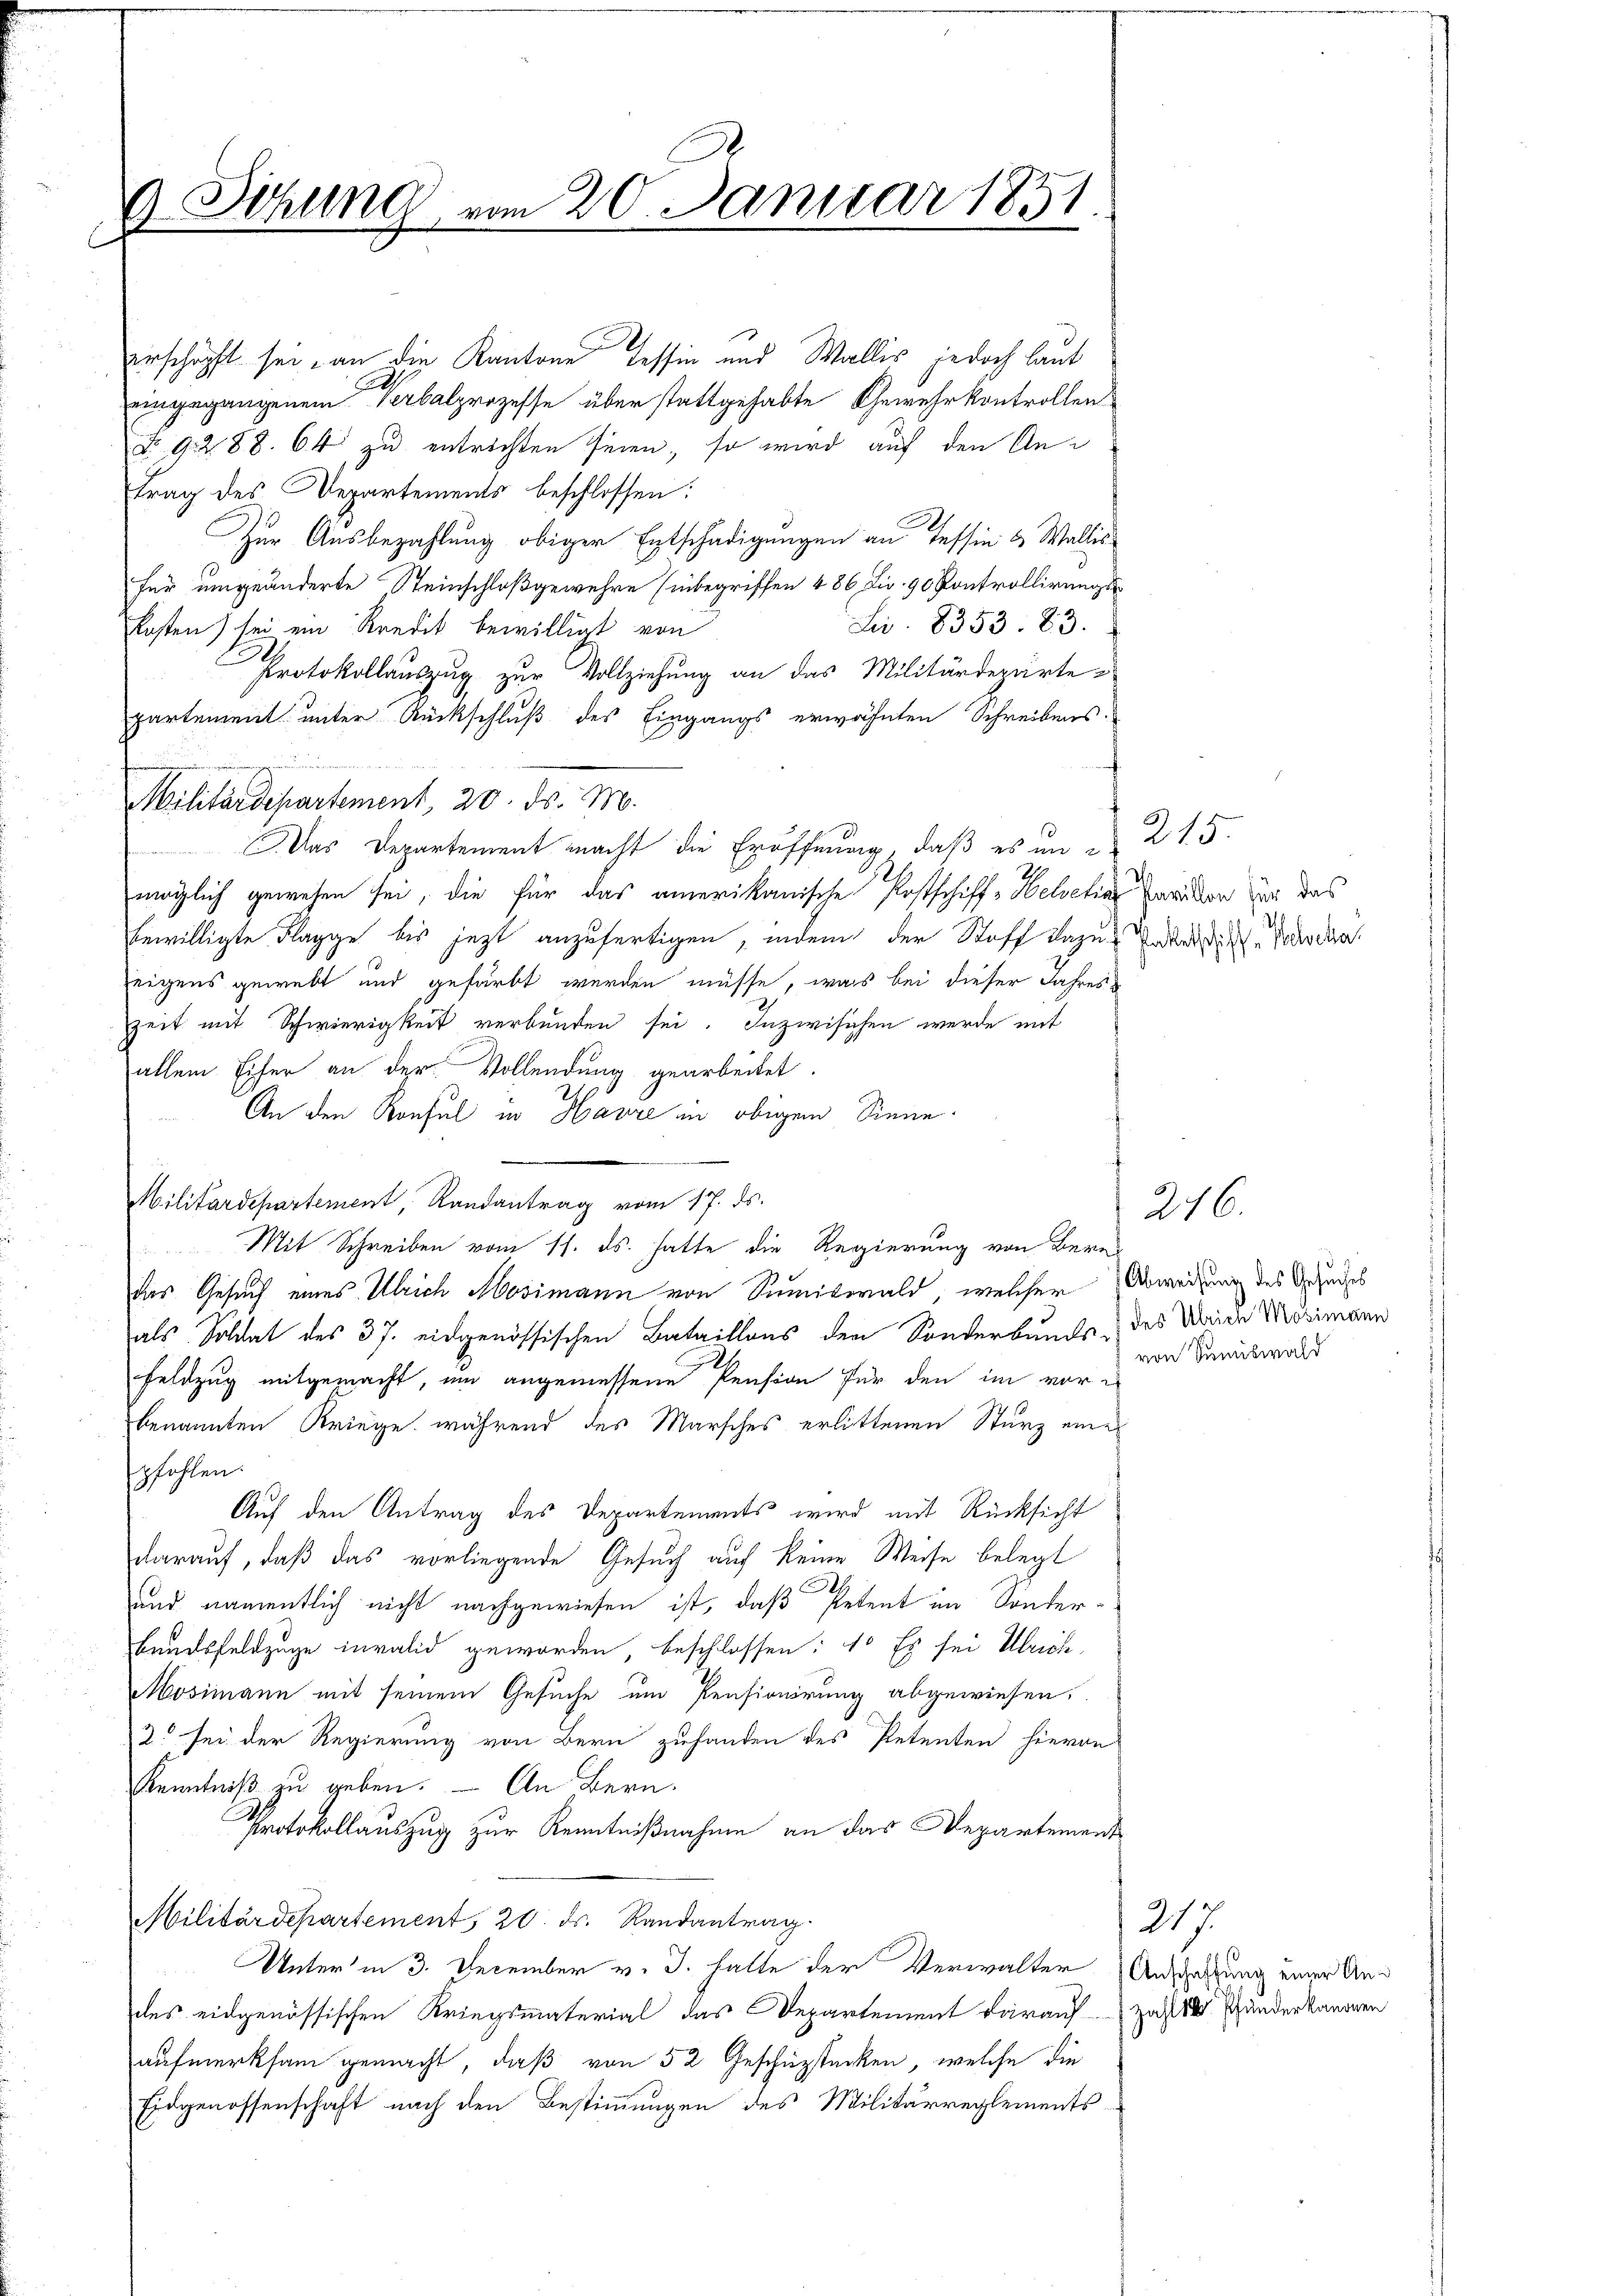
9. Sitzung vom 20. Januar 1851

erschöpft sei, an die Kantone Tessin und Wallis, jedoch laut
eingegangenem Verbalprozesse über stattgehabte Gewehrkontrollen
No. 9288. 64 zu entrichten seien, so wird auf den Antrag des Departements beschlossen:
Zur Ausbezahlung obiger Entschädigungen an Tessin & Wallis
fur umgeänderte Steinschloßgewehre Einbegriffen 486 Lir. 90 Kontrollirungsr
Lii. 8353. 83.
Kosten) sei ein Kredit bewilligt von
Protokollauszug zur Vollziehung an das Militärderarte
partement unter Rückschluß des Eingangs erwähnten Schreibens-
Militärdepartement, 20. ds. M.
Das Departement macht die Eröffnung, daß es in e
möglich gewesen sei, die für das amerikanische Postschiff-Helvetia Parikon zur das
bewilligte Flagge bis jezt anzufertigen, indem der Stoff dazu unterden Nachder
zeigens gewebt und gefärbt werden müsse, was bei dieser Jahres¬
Zeit mit Schwierigkeit verbunden sei. Inzwischen werde mit
allein Eifer an der Vollendung gearbeitet.
An den Konsul in Havre in obigem Sinne.
Militärdepartement, Randantrag vom 17. ds.
Mit Schreiben vom 11. ds. hatte die Regierung von Bern
das Gesuch eines Ulrich Mosimann von Sumiswald, welcher Abweisung des Gesuches
als Soldat des 37. eidgenössischen Bataillons der Sonderbungs- des Maria Mosimann
Feldzug mitgemacht, und angemessene Pension für den im vor-
benannten Kriege, während des Marsches erlittenen Sturz eine
pfohlen.
Auf den Antrag des Departements wird mit Rücksicht
darauf, daß das vorliegende Gesuch auf keine Weise belegt
und namentlich nicht nachgewiesen ist, daß Petent im Sonder-
Bandsfeldzüge invalid geworden, beschlossen: 1. Es sei Ulrich,
Mosimann mit seinem Gesuche um Pensionirung abgewiesen.
33 sei der Regierung von Bern zuhanden des Petenten hievon
Kenntniß zu geben. — An Bern.
Protokollauszug zur Kenntnißnahme an das Departement
Militärdepartement, 20. ds. Randantrag.
Unter in 3. December v. J. hatte der Verwalter Anschaffung einer Andes eidgenössischen Kriegsmaterial das Departement darauf Zahl 180. Ehänden kammen
aufmerksam gemacht, daß von 52 Geschüzstecken, welche die
Eidgenossenschaft nach den Bestimmungen des Militärreglements

215.

216.

von Samiswald

217.